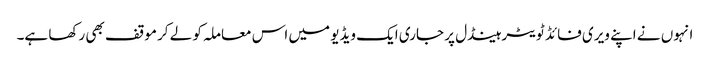
انہوں نے اپنے ویری فائڈ ٹویٹر ہینڈل پر جاری ایک ویڈیو میں اس معاملہ کو لے کر موقف بھی رکھا ہے۔